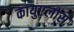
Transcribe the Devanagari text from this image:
कायुएलोस